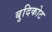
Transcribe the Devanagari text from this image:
बुदिकोट